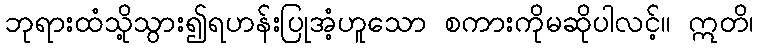
ဘုရားထံသို့သွား၍ရဟန်းပြုအံ့ဟူသော စကားကိုမဆိုပါလင့်။ ဣတိ၊